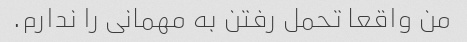
من واقعا تحمل رفتن به مهمانی را ندارم.